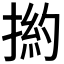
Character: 𢰹